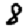
Digit: 8